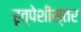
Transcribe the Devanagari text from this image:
हृत्पेशीस्तर